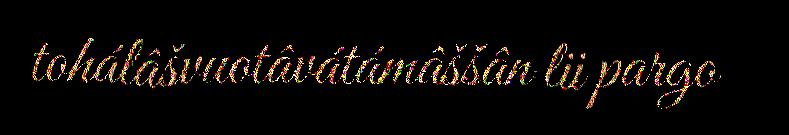
tohálâšvuotâvátámâššân lii pargo